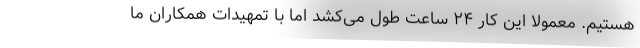
هستیم. معمولا این کار ۲۴ ساعت طول می‌کشد اما با تمهیدات همکاران ما